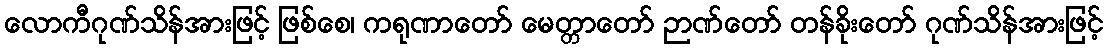
လောကီဂုဏ်သိန်အားဖြင့် ဖြစ်စေ၊ ကရုဏာတော် မေတ္တာတော် ဉာဏ်တော် တန်ခိုးတော် ဂုဏ်သိန်အားဖြင့်